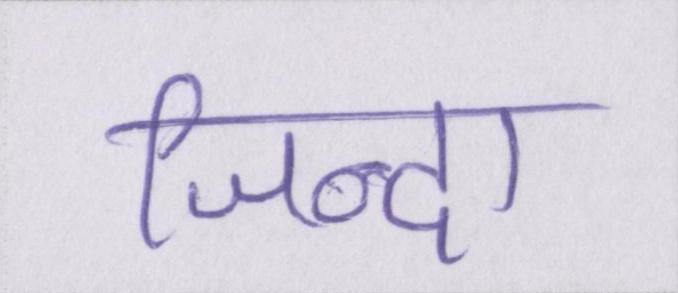
जिन्दा